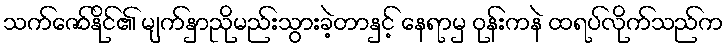
သက်ဇော်နိုင်၏ မျက်နှာညိုမည်းသွားခဲ့တာနှင့် နေရာမှ ဝုန်းကနဲ ထရပ်လိုက်သည်က